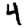
Digit: 4